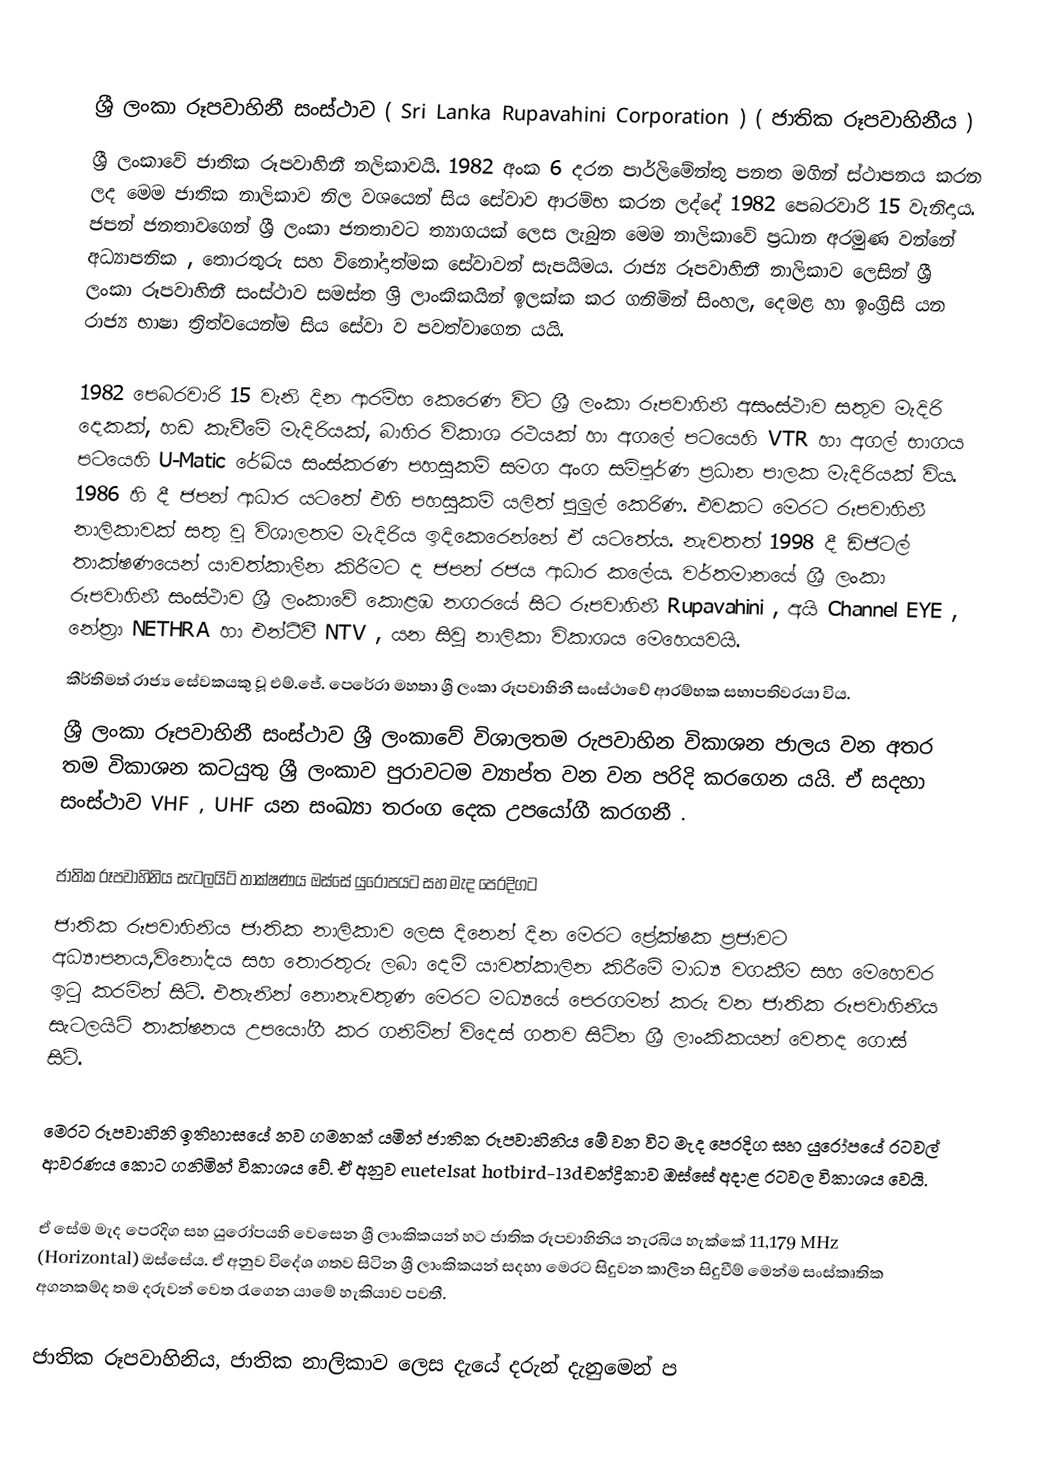

ශ්‍රී ලංකා රූපවාහිනී සංස්ථාව  ( Sri Lanka Rupavahini Corporation ) ( ජාතික රූපවාහිනීය )
ශ්‍රී ලංකාවේ ජාතික රූපවාහිනී නලිකාවයි. 1982 අංක 6 දරන  පාර්ලිමේන්තු පනත මගින් ස්ථාපනය කරන ලද මෙම ජාතික නාලිකාව නිල වශයෙන් සිය සේවාව ආරම්භ කරන ලද්දේ 1982 පෙබරවාරි 15 වැනිදාය. ජපන් ජනතාවගෙන් ශ්‍රී ලංකා ජනතාවට ත්‍යාගයක් ලෙස ලැබුන මෙම නාලිකාවේ ප්‍රධාන අරමුණ වන්නේ අධ්‍යාපනික ,  තොරතුරු සහ විනෝදාත්මක සේවාවන් සැපයිමය. රාජ්‍ය රූපවාහිනී නාලිකාව ලෙසින් ශ්‍රී ලංකා රූපවාහිනී සංස්ථාව සමස්ත ශ්‍රි ලාංකිකයින් ඉලක්ක කර ගනිමින් සිංහල, දෙමළ හා ඉංග්‍රිසි යන රාජ්‍ය භාෂා ත්‍රිත්වයෙන්ම සිය ‍සේවා ව පවත්වාගෙන යයි.

1982 පෙබරවාරි 15 වැනි දින ආරම්භ කෙ‍රෙණ විට ශ්‍රී ලංකා රූපවාහිනී අසංස්ථාව සතුව මැදිරි දෙකක්, හඩ කැවීමේ මැදිරියක්, බාහිර විකාශ රථයක් හා අගලේ පටයෙහි VTR හා අගල් භාගය පටයෙහි U-Matic  රේඛිය සංස්කරණ පහසුකම් සමග අංග සම්පූර්ණ ප්‍රධාන පාලක මැදිරියක් විය. 1986 හි දී ජපන් ආධාර යටතේ එහි පහසුකම් යලිත් පුලුල් කෙරිණ. එවකට මෙරට රූපවාහිනී නාලිකාවක් සතු වූ විශාලතම මැදිරිය ඉදිකෙරෙන්නේ ඒ යටතේය. නැවතත් 1998 දී ඩිජිටල් තාක්ෂණයෙන් යාවත්කාලීන ‍කිරීමට ද ජපන් රජය ආධාර කලේය. වර්තමානයේ ශ්‍රී ලංකා රූපවාහිනී සංස්ථාව ශ්‍රී ලංකාවේ කොළඹ නගරයේ සිට රූපවාහිනී Rupavahini , අයි Channel EYE , නේත්‍රා NETHRA හා එන්ටීවී NTV , යන සිවු නාලිකා විකාශය මෙහෙයවයි.
කීර්තිමත් රාජ්‍ය සේවකයකු වූ එම්.ජේ. පෙරේරා මහතා ශ්‍රී ලංකා රූපවාහිනී සංස්ථාවේ ආරම්භක සභාපතිවරයා විය.
ශ්‍රී ලංකා රූපවාහිනී සංස්ථාව ශ්‍රී ලංකාවේ විශාලතම රුපවාහින විකාශන ජාලය වන අතර තම විකාශන කටයුතු ශ්‍රී ලංකාව පුරාවටම ව්‍යාප්ත වන වන පරිදි කරගෙන යයි.  ඒ සදහා සංස්ථාව VHF , UHF යන සංඛ්‍යා තරංග දෙක උපයෝගී කරගනී .

ජාතික රූපවාහිනිය සැටලයිට් තාක්ෂණය ඔස්සේ යුරෝපයට සහ මැද පෙරදිගට
ජාතික රූපවාහිනිය ජාතික නාලිකාව ලෙස දිනෙන් දින මෙරට ප්‍රේක්ෂක ප්‍රජාවට  අධ්‍යාපනය,විනෝදය සහ  තොරතුරු ලබා දෙමි යාවත්කාලින කිරීමේ මාධ්‍ය වගකීම සහ මෙහෙවර ඉටු කරමින් සිටි. එතැනින් නොනැවතුණ මෙරට මධ්‍යයේ පෙරගමන් කරු වන ජාතික රූපවාහිනිය සැටලයිට් තාක්ෂනය උපයෝගී කර ගනිමින් විදෙස් ගතව සිටින ශ්‍රී ලාංකිකයන් වෙතද ගොස් සිටි.

මෙරට රූපවාහිනි ඉතිහාසයේ නව ගමනක් යමින් ජාතික රූපවාහිනිය මේ වන විට මැද පෙරදිග සහ යුරෝපයේ රටවල් ආවරණය කොට ගනිමින් විකාශය වේ. ඒ අනුව euetelsat hotbird-13dචන්ද්‍රිකාව ඔස්සේ අදාළ රටවල විකාශය වෙයි.

ඒ සේම මැද පෙරදිග සහ යුරෝපයහි වෙසෙන ශ්‍රී ලාංකිකයන් හට ජාතික රූපවාහිනිය නැරබිය හැක්කේ 11,179 MHz (Horizontal) ඔස්සේය. ඒ අනුව විදේශ ගතව සිටින ශ්‍රී ලාංකිකයන් සදහා මෙරට සිදුවන කාලීන සිදුවීම් මෙන්ම සංස්කෘතික අගනකම්ද තම දරුවන් වෙත රැගෙන යාමේ හැකියාව පවතී.

ජාතික රූපවාහිනිය, ජාතික නාලිකාව ලෙස දැයේ දරුන් දැනුමෙන් ප